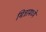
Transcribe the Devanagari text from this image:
मित्रामध्ये